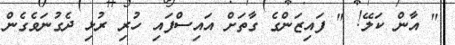
" އާން ކަލޭ! " ފައިޒަންގެ ގާތަށް އައިސްފައި ހުރި ރުޅި ދެގުނަވެގެން